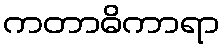
ကတာဓိကာရာ